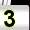
Digit: 3